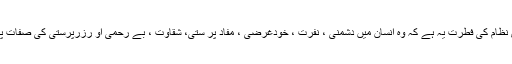
جبکہ سودی نظام کی فطرت یہ ہے کہ وہ انسان میں دشمنی ، نفرت ، خودغرضی ، مفاد پر ستی، شقاوت ، بے رحمی او رزرپرستی کی صفات پیدا کرتا ہے۔